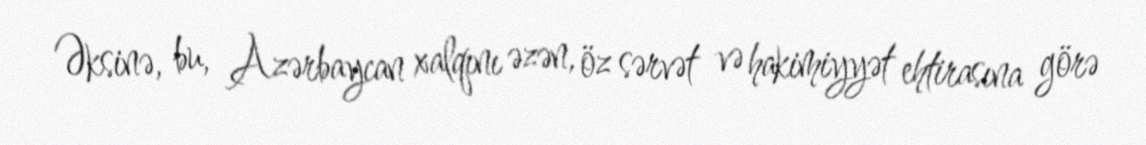
Əksinə, bu, Azərbaycan xalqını əzən, öz sərvət və hakimiyyət ehtirasına görə